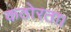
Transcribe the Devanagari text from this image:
कठोरता।